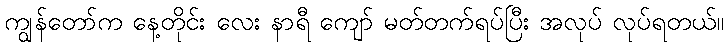
ကျွန်တော်က နေ့တိုင်း လေး နာရီ ကျော် မတ်တက်ရပ်ပြီး အလုပ် လုပ်ရတယ်။